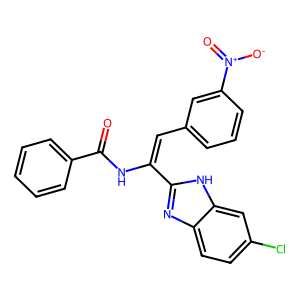
SMILES: O=C(NC(=Cc1cccc([N+](=O)[O-])c1)c1nc2ccc(Cl)cc2[nH]1)c1ccccc1
Inhibits HIV replication: No